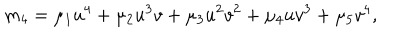
LaTeX: m _ { 4 } = \mu _ { 1 } u ^ { 4 } + \mu _ { 2 } u ^ { 3 } v + \mu _ { 3 } u ^ { 2 } v ^ { 2 } + \mu _ { 4 } u v ^ { 3 } + \mu _ { 5 } v ^ { 4 } ,